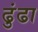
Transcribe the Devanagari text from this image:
ढुंढा